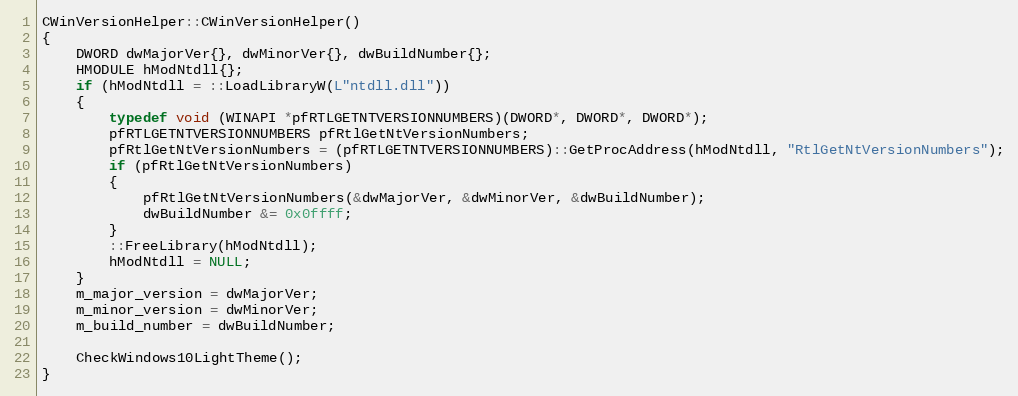
Language: C++
CWinVersionHelper::CWinVersionHelper()
{
	DWORD dwMajorVer{}, dwMinorVer{}, dwBuildNumber{};
	HMODULE hModNtdll{};
	if (hModNtdll = ::LoadLibraryW(L"ntdll.dll"))
	{
		typedef void (WINAPI *pfRTLGETNTVERSIONNUMBERS)(DWORD*, DWORD*, DWORD*);
		pfRTLGETNTVERSIONNUMBERS pfRtlGetNtVersionNumbers;
		pfRtlGetNtVersionNumbers = (pfRTLGETNTVERSIONNUMBERS)::GetProcAddress(hModNtdll, "RtlGetNtVersionNumbers");
		if (pfRtlGetNtVersionNumbers)
		{
			pfRtlGetNtVersionNumbers(&dwMajorVer, &dwMinorVer, &dwBuildNumber);
			dwBuildNumber &= 0x0ffff;
		}
		::FreeLibrary(hModNtdll);
		hModNtdll = NULL;
	}
	m_major_version = dwMajorVer;
	m_minor_version = dwMinorVer;
	m_build_number = dwBuildNumber;

	CheckWindows10LightTheme();
}